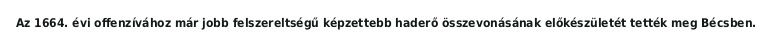
Az 1664. évi offenzívához már jobb felszereltségű képzettebb haderő összevonásának előkészületét tették meg Bécsben.